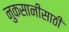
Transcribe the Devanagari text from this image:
नुकसानीसाठी